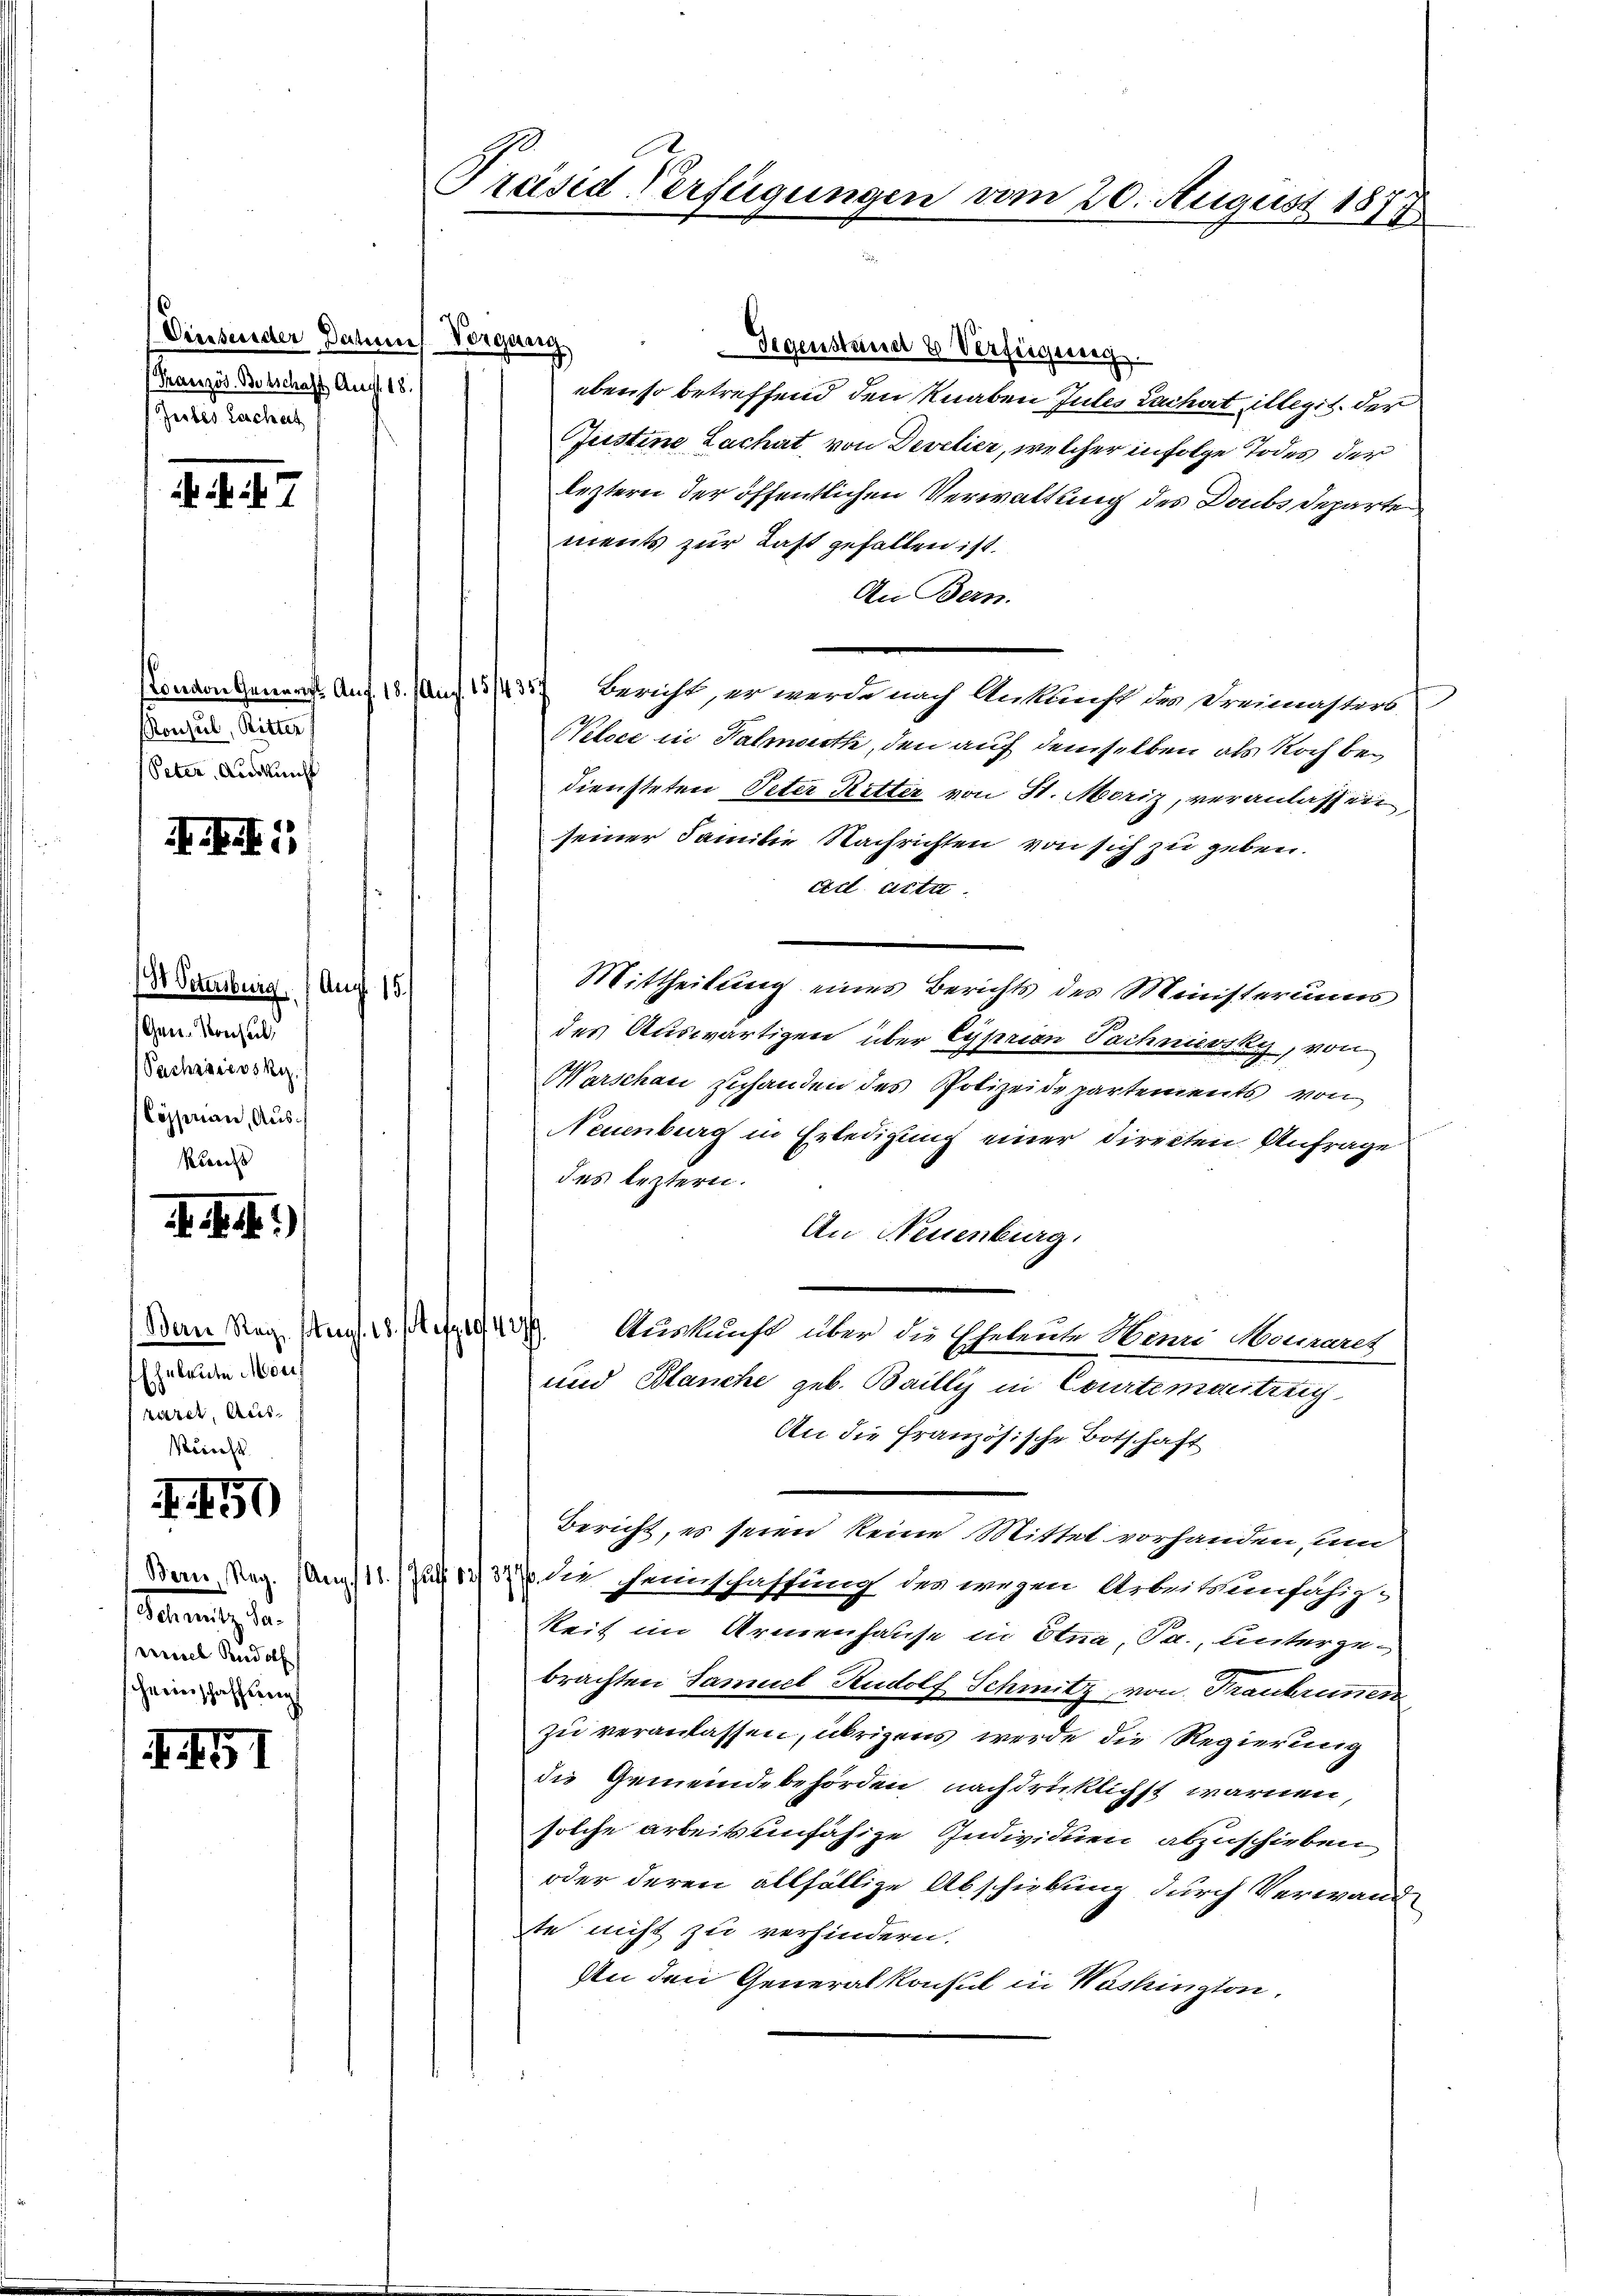
Vinsender Datums Vergang.
(Französ. Betschaft Aug. 18.
Jerbes Leichert

. f. 47

Ronsul, Ritter
Peter, Auskunft

.Ei

t Petenberg (Auf 15.
Gen. Konsul
Pachrisosky.
Cöppenau, Aus¬
Kirchs
. K. A.)

Eheleute Mori
uar, aus

emnitz der
miel Rudolf
heimschaffung

.50

I. 151

Gegenstand & Verfügung
ebenso betreffend den Knaben Jules Zachat illegit. der
Justine Lachat, von Devetier, welcher infolge Todes der
lezterei der öffentlichen Verwaltung des Doubs Departe
ments zur Last gefallen ist.
An Bern.
Kondon gener Auf 18. Auf 13/435 Bericht, er werde nach Ankunft der Prämisters
Weloce in Palmarth, den auf demselben als Noch bediensteten Peter Retter von St. Moriz, veranlassen,
seiner Familie Nachrichten von sich zu geben.
ad acta.
Mittheilung eines Berichts des Ministeriums
des Auswärtigen über Lyprian Sachniewsky, von
Marschen zuhanden des Polizeidepartements von
Neuenburg in Erledigung einer Directen Anfrage
das leztern.
An Neuenburg.
(Den Reg. Aug. 18. 1947. Auskunft über die Eheleute Wann Mamares
und Blanche geb. Bailly in Courtementreic
An die französische Botschaft
Bericht, es seien keine Mittel vorhanden und
Dan, Reg. (Ang/18. Juli 1837 die seinschaffung des wegen Arbeitsunfähigkeit im Armenhause in Stua, Pa., unterzubrachten Samuel Rudolf Schmitz, von Fraukrinen
zu veranlassen, übrigens werde die Regierung
die Gemeindebehörden nachdrüklichst warnen,
solche arbeitsunfähige Individuen abzuschieben
oder deren allfällige Abschiebung durch Verwand
te nicht zu verhindern.
An den Generalkonsul in Washington,

Präsid Verfügungen vom 20. August 1877